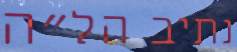
נתיב הל"ה